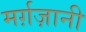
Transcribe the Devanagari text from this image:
मर्ग़ज़ानी